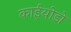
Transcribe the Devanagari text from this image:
काईयोडो